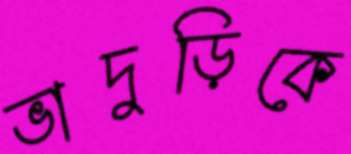
ভাদুড়িকে